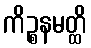
ကိဉ္စနမတ္ထိ